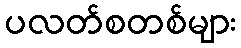
ပလတ်စတစ်များ